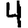
Digit: 4